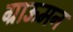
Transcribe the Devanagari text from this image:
ग्राऊमन